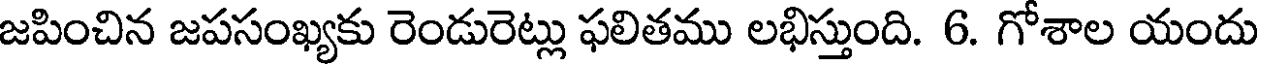
జపించిన జపసంఖ్యకు రెండురెట్లు ఫలితము లభిస్తుంది. 6. గోశాల యందు